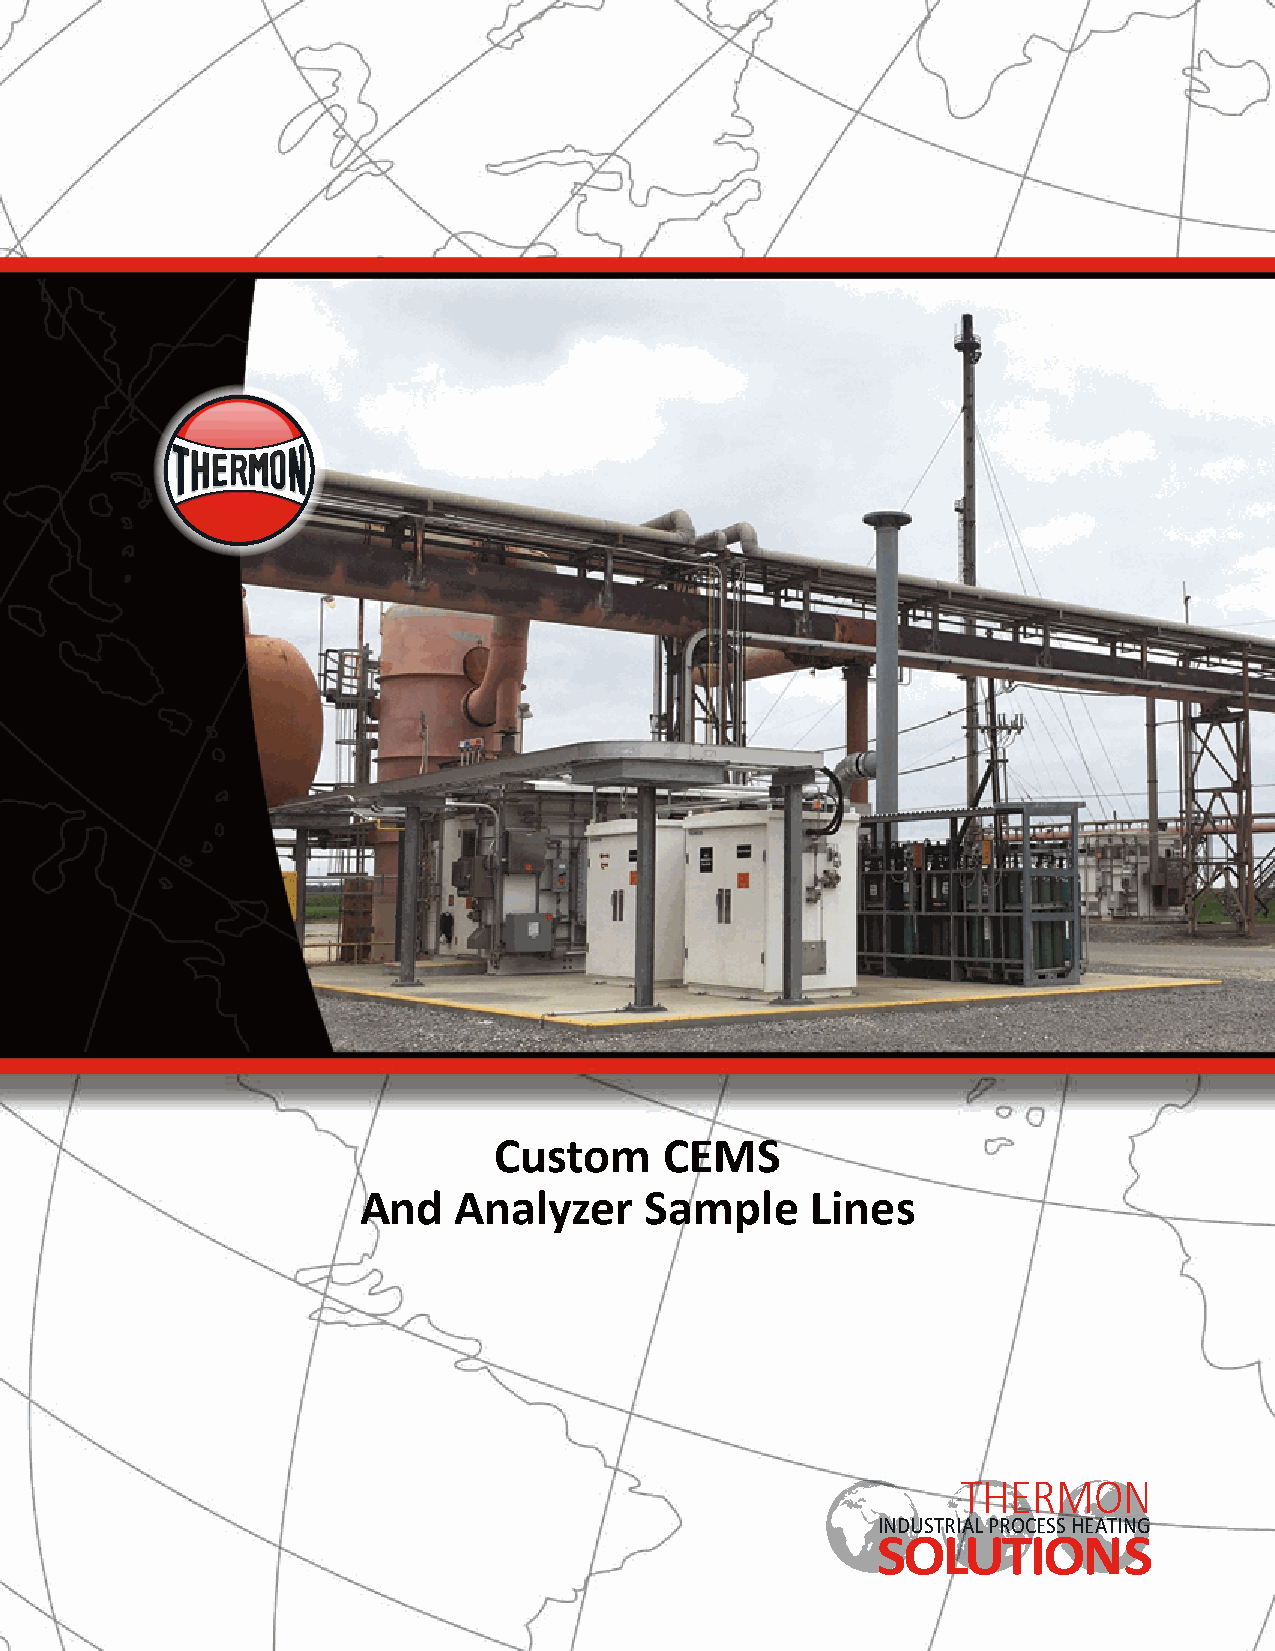
Custom     CEMS
 And   Analyzer     Sample     Lines
 THERMON
 INDUSTRIAL PROCESS HEATING
 SOLUTIONS